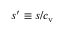
s ^ { \prime } \equiv s / \ensuremath { c _ { \mathrm { v } } }